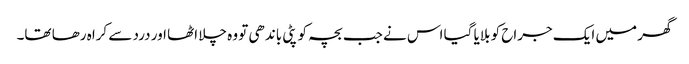
گھر میں ایک جراح کو بلایا گیا اس نے جب بچہ کو پٹی باندھی تو وہ چلا اٹھا اور درد سے کراہ رھا تھا۔